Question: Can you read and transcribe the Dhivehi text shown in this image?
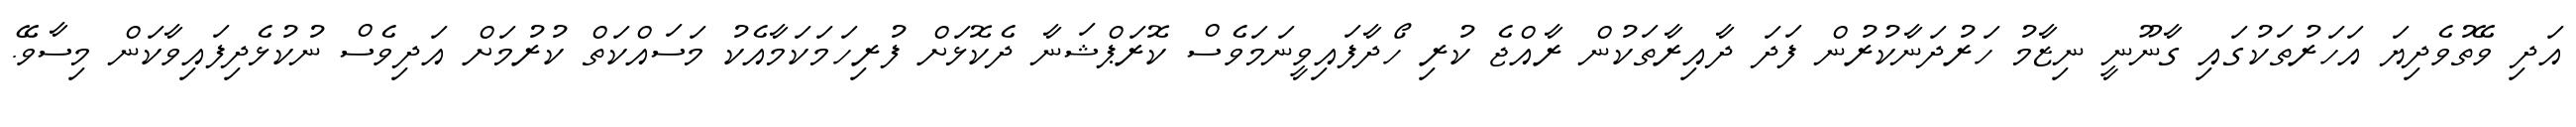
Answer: އަދި ވޭތުވެދިޔަ އަހަރުތަކުގައި ގާނޫނީ ނިޒާމު ހަރުދަނާކުރުން ފަދަ ދާއިރާތަކުން ރާއްޖެ ކުރި ހޯދާފައިވީނަމަވެސް ކޮރަޕްޝަނާ ދެކޮޅަށް ފުރިހަމަކަމާއެކު މަސައްކަތް ކުރުމަށް އަދިވެސް ނުކުޅެދިފައިވާކަން މިސާވޭ.